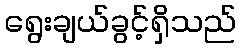
ရွေးချယ်ခွင့်ရှိသည်